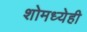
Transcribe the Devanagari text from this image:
शोमध्येही